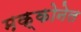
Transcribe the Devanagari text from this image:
मक्कोनेल